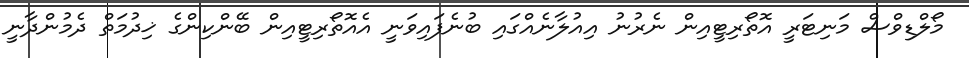
މޯލްޑިވްސް މަނިޓަރީ އޮތޯރިޓީއިން ނެރުނު އިއުލާނެއްގައި ބުނެފައިވަނީ އެއޮތޯރިޓީއިން ބޭންކިންގެ ޚިދުމަތް ދެމުންދާނީ